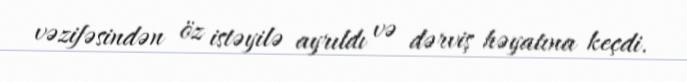
vəzifəsindən öz istəyilə ayrıldı və dərviş həyatına keçdi.